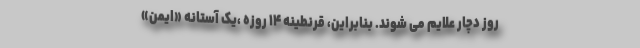
روز دچار علایم می شوند. بنابراین، قرنطینه ۱۴ روزه ،یک آستانه «ایمن»